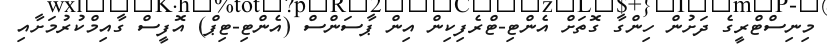
މިނިސްޓްރީގެ ދަށުން ހިންގާ ގޮތަށް އެންޓި-ޓްރެފިކިން އިން ޕާސަންސް (އެންޓި-ޓިޕް) އޮފީސް ގާއިމްކުރުމަށާއި